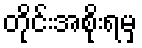
တိုင်းအစိုးရမှ